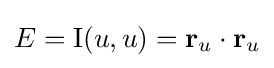
E=\mathrm {I} (u,u)=\mathbf {r} _{u}\cdot \mathbf {r} _{u}